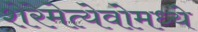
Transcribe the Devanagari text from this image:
शेरेमेत्येवोमध्ये